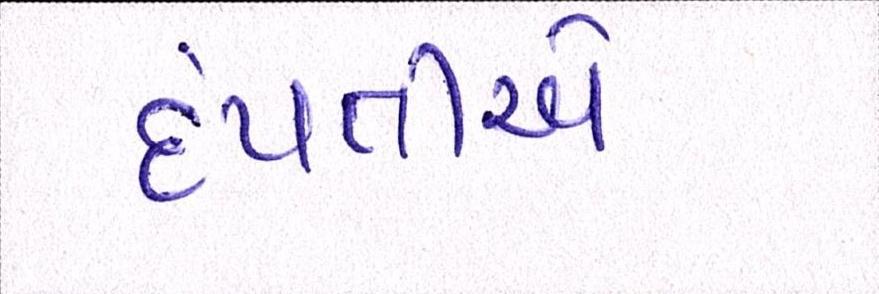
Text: દંપતીએ